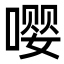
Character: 嘤